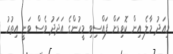
މިއަދު މާލެ އިން ކޮވިޑަށް ފައްސިވި މީހުންގެ އަދަދު ވެސް ވަނީ އިތުރު